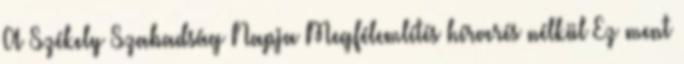
A Székely Szabadság Napja Megfélemlítés hírverés nélkül Ez ment